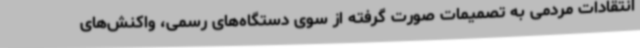
انتقادات مردمی به تصمیمات صورت گرفته از سوی دستگاه‌های رسمی، واکنش‌های